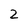
Character: 2